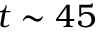
t \sim 4 5